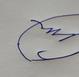
Signature authenticity: forged